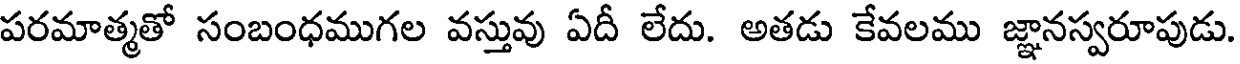
పరమాత్మతో సంబంధముగల వస్తువు ఏదీ లేదు. అతడు కేవలము జ్ఞానస్వరూపుడు.